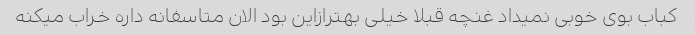
کباب بوی خوبی نمیداد غنچه قبلا خیلی بهترازاین بود الان متاسفانه داره خراب میکنه